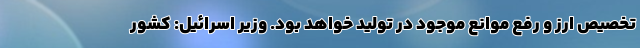
تخصیص ارز و رفع موانع موجود در تولید خواهد بود. وزیر اسرائیل: کشور